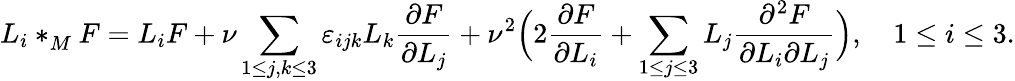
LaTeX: L_{i}\ast_{M}^{}F=L_{i}F+\nu\sum_{1\leq j,k\leq 3}\varepsilon_{ijk}L_{k}{\frac{\partial F}{\partial L_{j}}}+\nu^{2}\Bigl(2{\frac{\partial F}{\partial L_{i}}}+\sum_{1\leq j\leq 3}L_{j}{\frac{\partial^{2}F}{\partial L_{i}\partial L_{j}}}\Bigr),\quad 1\leq i\leq 3.